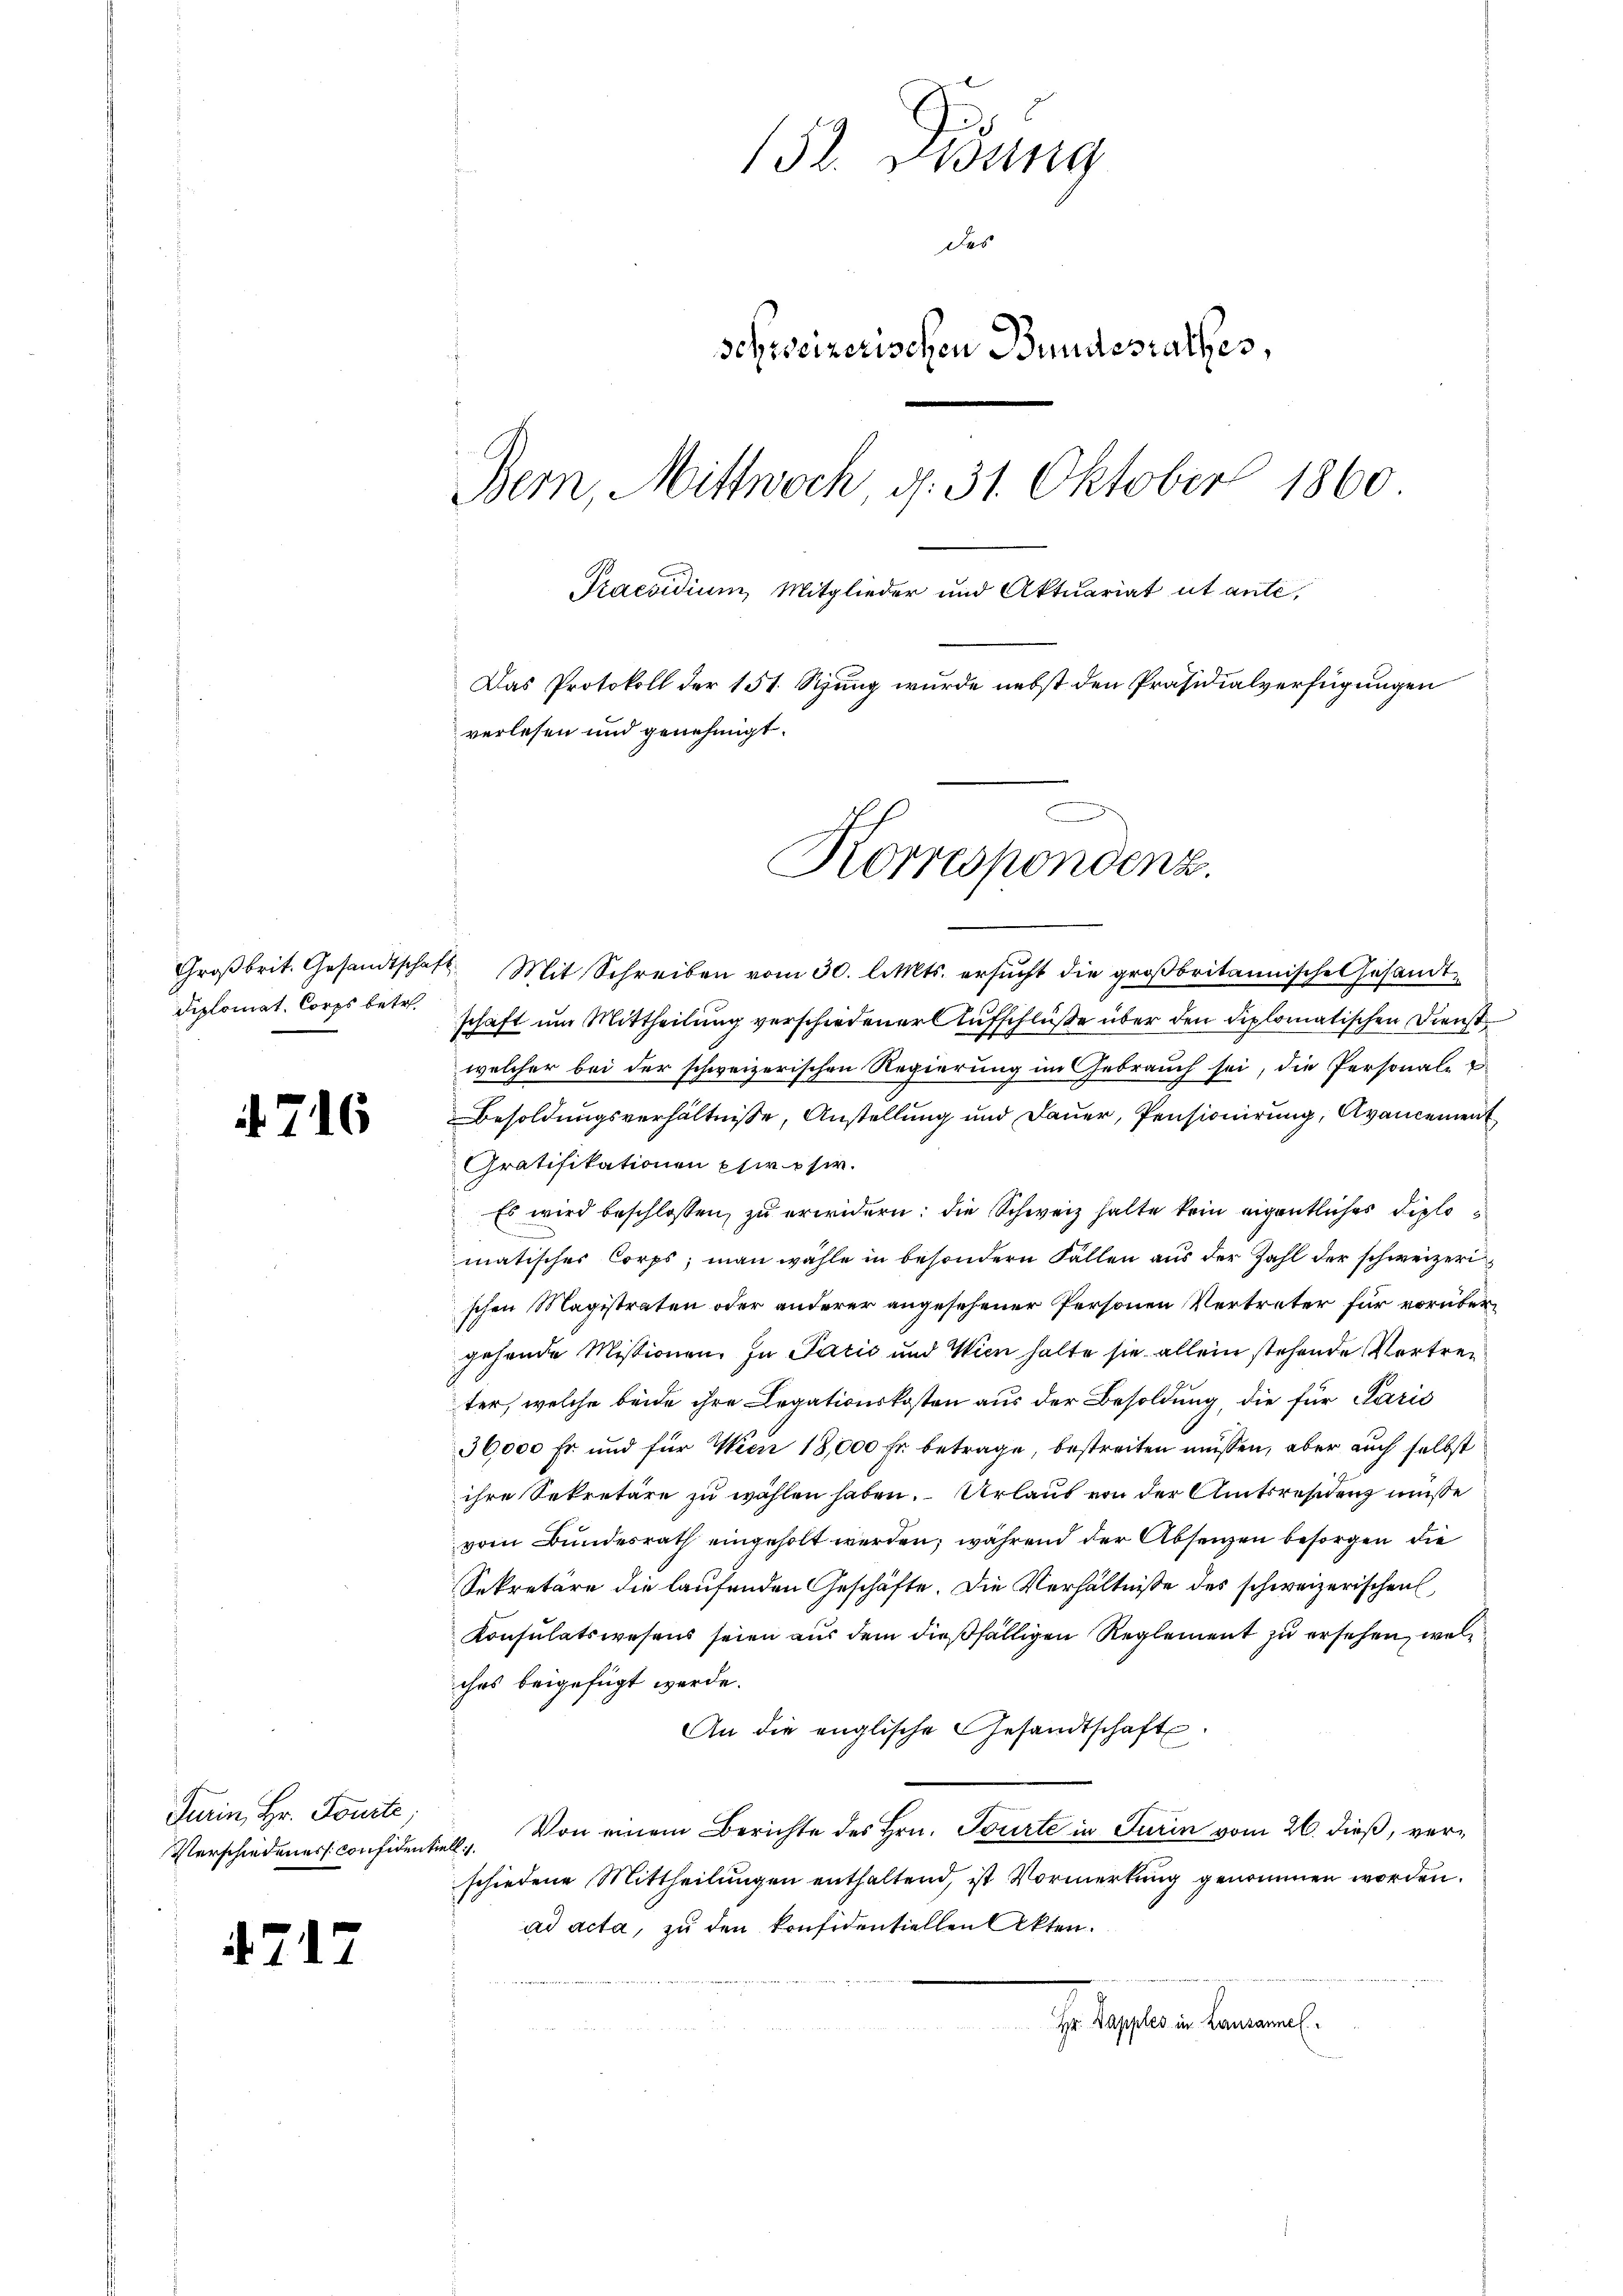
Diplomat. Corps betr.

4717

6

Turin, Hr. Fourte

152. Didung
des
Schreizerischen Bundesrathes,
Bern, Mittwoch, d. 31. Oktober 1860
Praesidium, Mitglieder und Aktuariat ut ante,
Das Protokoll der 151. Sitzung wurde nebst den Präsidialverfügungen
verlesen und genehmigt.

Korrespondenz.

Groβbrit. Gesandtschaft. Mit Schreiben vom 30. l. Mts. ersŭcht die groβbritannische Gesandtschaft um Mittheilung verschiedener Aufschlüße über den diplomatischen Dienst
welcher bei der schweizerischen Regierung im Gebrauch sei, die Personale
Besoldungsverhältnisse, Anstellung und Dauer, Pensionirung, Avancement
Gratifikationen phirpsir.
Es wird beschlossen, zu erwidern: die Schweiz halte kein eigentliches Diplomatisches Corps; man wähle in besondern Fällen aus der Zahl der schweizeri
schen Magistraten oder anderer angesehener Personen Vertreter für vorübergehende Missionen. In Pazić und Wien halte sie allein stehende Vertreter, welche beide ihre Legationskosten aus der Besoldung, die für Paris
36,000 Fr. und für Wien 18,000 Fr. betrage, bestreiten müssen, aber auch selbst
ihre Sekretäre zu wählen haben. Urlaub von der Amtsreden müsse
vom Bundesrath eingeholt werden, während der Absenzen besorgen die
Sekretäre die laufenden Geschäfte. Die Verhältnisse des schweizerischen
Konsulatswesens seien aus dem dießfälligen Reglement zu ersehen, welc
ches beigefügt werde.
An die englische Gesandtschaft.
Verschiedeners considentiel. Von einem Berichte des Hrn. Tourte in Turin vom 26. dieß, verschiedene Mittheilungen enthaltend, ist Vormerkung genommen worden.
ad acta, zu den konfidentiellen Akten.
  Wer
Hr. Pappler in Lausammel.